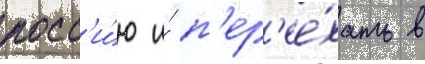
росс'и́ю и́ п'ер'ее́хать в